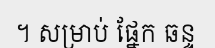
។ សម្រាប់ ផ្នែក ឆន្ទ